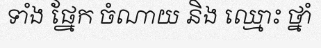
ទាំង ផ្នែក ចំណាយ និង ឈ្មោះ ថ្នាំ